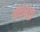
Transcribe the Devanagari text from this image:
ओप्टोमेट्री